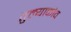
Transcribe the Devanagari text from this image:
तुल्याकोव